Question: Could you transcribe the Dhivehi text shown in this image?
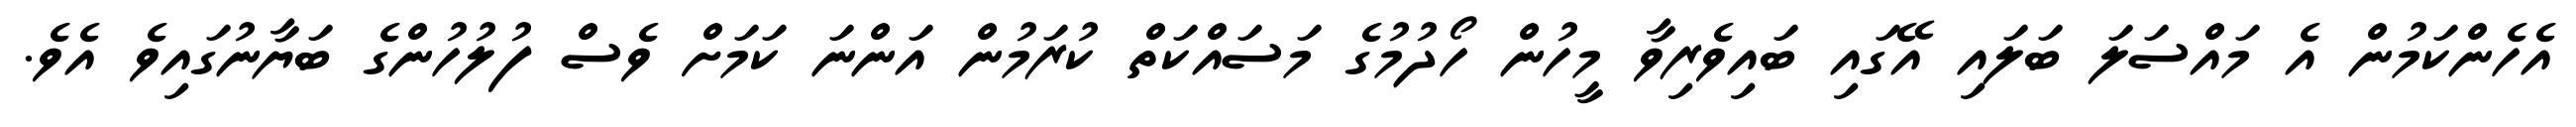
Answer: އެހެންކަމުން އެ މައްސަލަ ބަލައި އޭގައި ބައިވެރިވާ މީހުން ހޯދުމުގެ މަސައްކަތް ކުރަމުން އަންނަ ކަމަށް ވެސް ފުލުހުންގެ ބަޔާނުގައިވެ އެވެ.